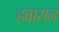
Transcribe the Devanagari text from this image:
हवासन